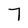
Character: 7